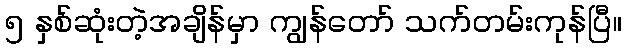
၅ နှစ်ဆုံးတဲ့အချိန်မှာ ကျွန်တော် သက်တမ်းကုန်ပြီ။